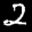
Label: 2